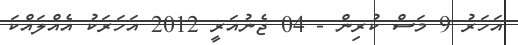
އަހަރު 9 މަސް ކުރިން - 04 ޖެނުއަރީ 2012 އަހަރަކު އެއްލައްކަ